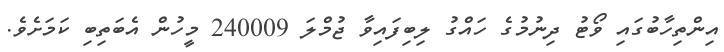
އިންތިހާބުގައި ވޯޓު ދިނުމުގެ ހައްގު ލިބިފައިވާ ޖުމްލަ 240009 މީހުން އެބަތިބި ކަމަށެވެ.